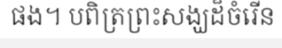
ផង។ បពិត្រព្រះសង្ឃដ៏ចំរើន